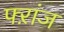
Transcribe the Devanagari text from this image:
फ्ऱांज